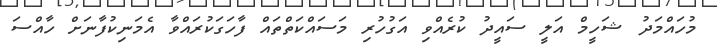
މުހައްމަދު ޝަހީމް އަލީ ސައީދު ކުރެއްވި އަގުހުރި މަސައްކަތްތައް ފާހަގަކުރައްވާ އެމަނިކުފާނަށް ހާއްސަ